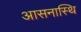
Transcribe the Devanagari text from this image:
आसनास्थि